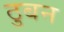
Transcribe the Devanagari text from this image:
ठुबन